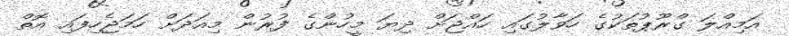
އަމިއްލަ ގްރޫޕުތަކުގެ ހަވާލުގައި ހައްޖަށް ދިޔަ މީހުންގެ ފުރުން މިއަދަށް ހަމަޖެހިފައި އޮތް